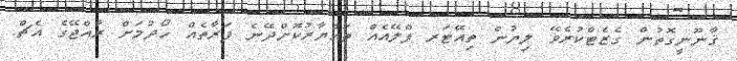
ޤާނޫނީގޮތުން ގެޒެޓްކުރެވޭ ލިޔުން ތިއޭޓަރ ޕްލޭއެއް ތައްޔާރުކޮށްދޭނެ ފަރާތެއް ހޯދުމަށް ރާއްޖޭގެ އެޗް.